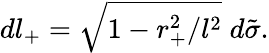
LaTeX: dl_{+}=\sqrt{1-r_{+}^{2}/l^{2}}\; d\tilde{\sigma}.